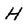
Character: H